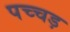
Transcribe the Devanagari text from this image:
पच्चड़